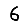
Digit: 6